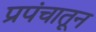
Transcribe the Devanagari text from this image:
प्रपंचातून